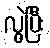
လွဲပြီး